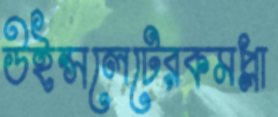
উইন্সলেটেরকমপ্লা